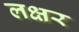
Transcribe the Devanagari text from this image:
लक्षर